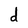
Character: d